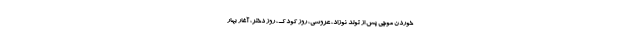
خوردن موچی پس از تولد نوزاد، عروسی، روز کودک، روز دختر، آغار بهار